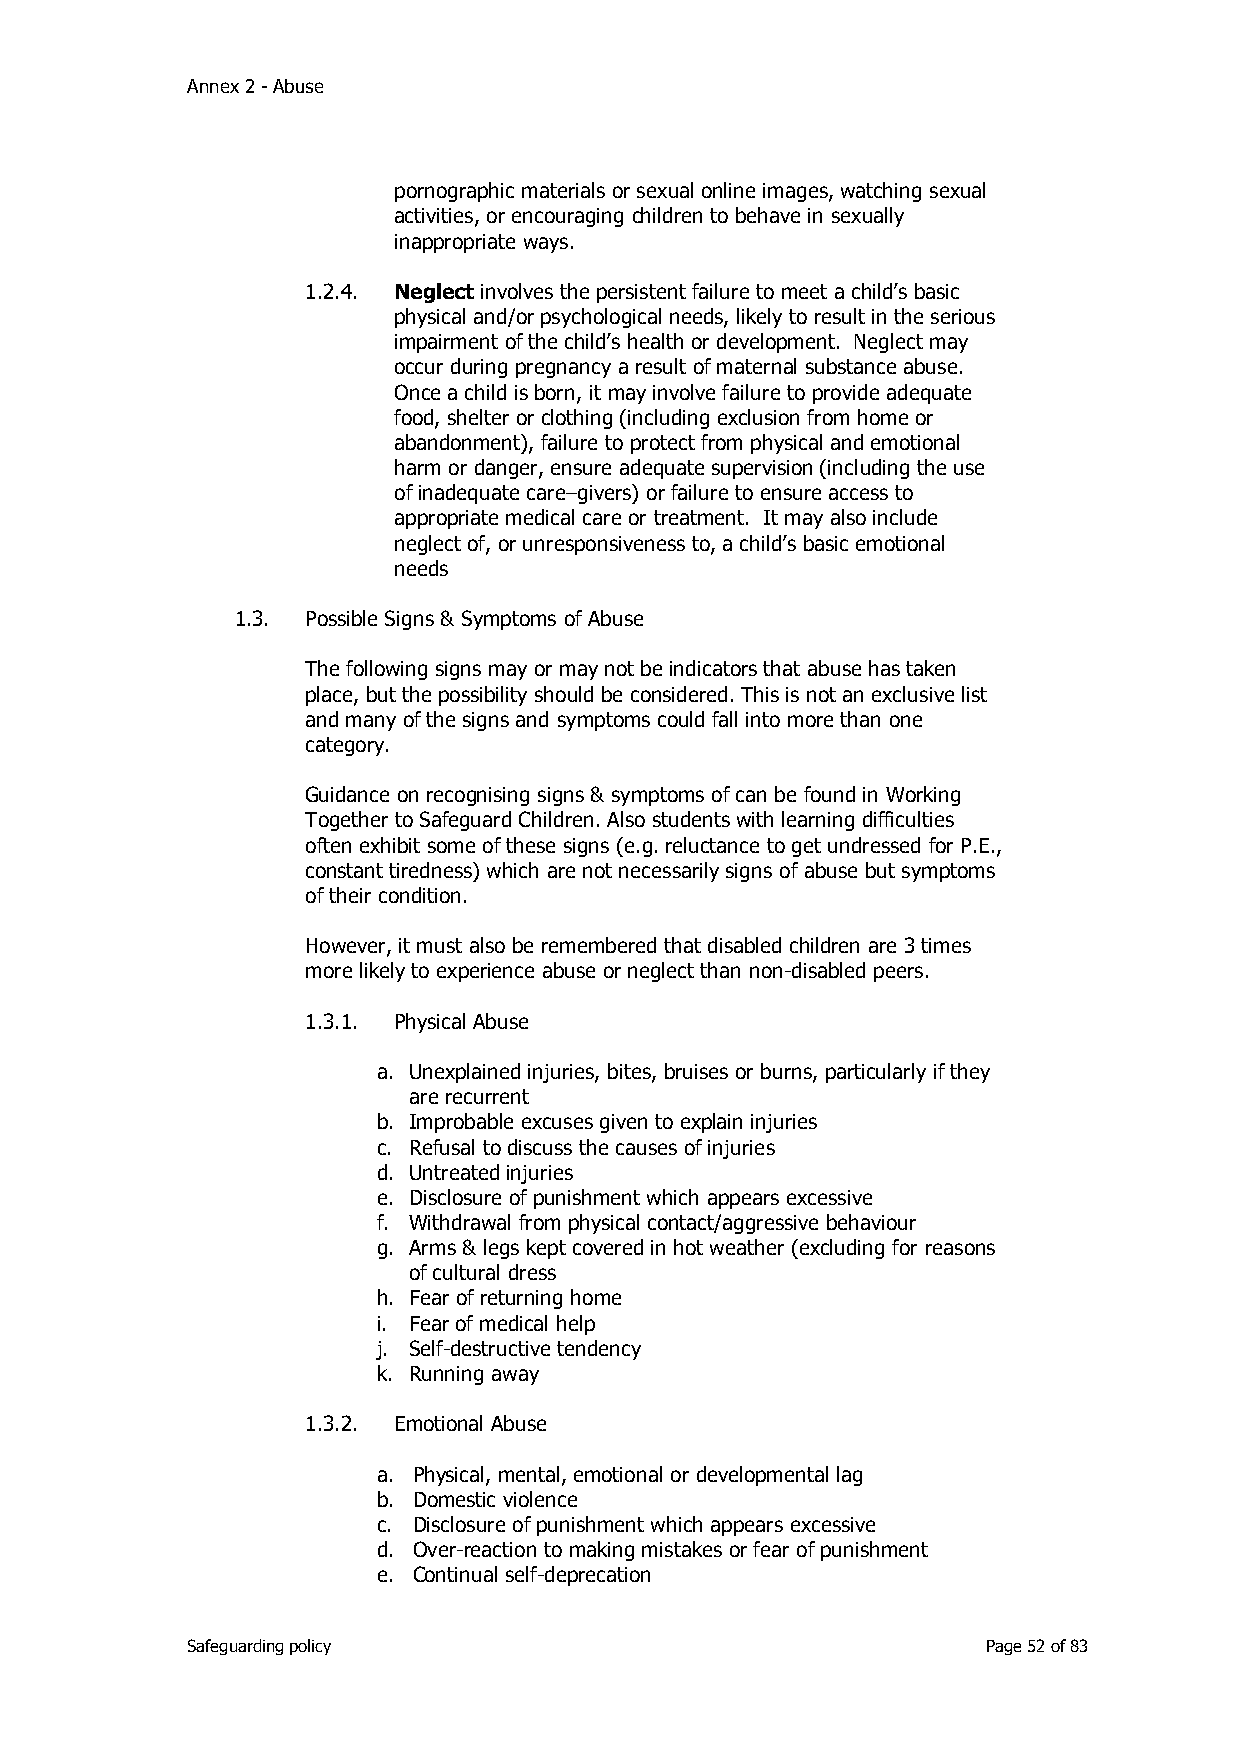
Annex 2 - Abuse
 pornographic materials or sexual online images, watching sexual
 activities, or encouraging children to behave in sexually
 inappropriate ways.
 1.2.4. Neglect involves the persistent failure to meet a child’s basic
 physical and/or psychological needs, likely to result in the serious
 impairment of the child’s health or development. Neglect may
 occur during pregnancy a result of maternal substance abuse.
 Once a child is born, it may involve failure to provide adequate
 food, shelter or clothing (including exclusion from home or
 abandonment), failure to protect from physical and emotional
 harm or danger, ensure adequate supervision (including the use
 of inadequate care–givers) or failure to ensure access to
 appropriate medical care or treatment. It may also include
 neglect of, or unresponsiveness to, a child’s basic emotional
 needs
 1.3. Possible Signs & Symptoms of Abuse
 The following signs may or may not be indicators that abuse has taken
 place, but the possibility should be considered. This is not an exclusive list
 and many of the signs and symptoms could fall into more than one
 category.
 Guidance on recognising signs & symptoms of can be found in Working
 Together to Safeguard Children. Also students with learning difficulties
 often exhibit some of these signs (e.g. reluctance to get undressed for P.E.,
 constant tiredness) which are not necessarily signs of abuse but symptoms
 of their condition.
 However, it must also be remembered that disabled children are 3 times
 more likely to experience abuse or neglect than non-disabled peers.
 1.3.1. Physical Abuse
 a. Unexplained injuries, bites, bruises or burns, particularly if they
 are recurrent
 b. Improbable excuses given to explain injuries
 c. Refusal to discuss the causes of injuries
 d. Untreated injuries
 e. Disclosure of punishment which appears excessive
 f. Withdrawal from physical contact/aggressive behaviour
 g. Arms & legs kept covered in hot weather (excluding for reasons
 of cultural dress
 h. Fear of returning home
 i. Fear of medical help
 j. Self-destructive tendency
 k. Running away
 1.3.2. Emotional Abuse
 a. Physical, mental, emotional or developmental lag
 b. Domestic violence
 c. Disclosure of punishment which appears excessive
 d. Over-reaction to making mistakes or fear of punishment
 e. Continual self-deprecation
 Safeguarding policy                                  Page 52 of 83